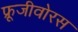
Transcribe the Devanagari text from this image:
फ्रूजीवोरस